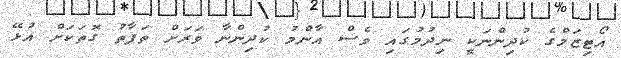
އޯޓިޒަމްގެ ކުދިންނަކީ ނިދުމުގައި ވެސް އާންމު ކުދިންނާ ވަރަށް ތަފާތު ގޮތަކަށް އުޅޭ